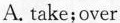
A.take;over